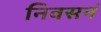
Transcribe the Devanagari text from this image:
निवसनं